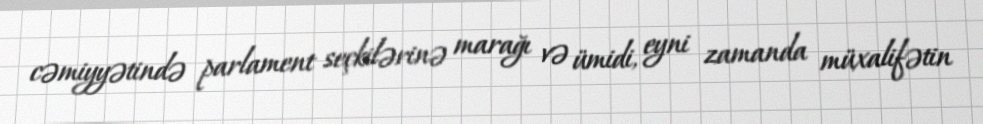
cəmiyyətində parlament seçkilərinə marağı və ümidi, eyni zamanda müxalifətin